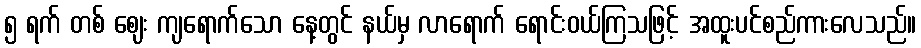
၅ ရက် တစ် ဈေး ကျရောက်သော နေ့တွင် နယ်မှ လာရောက် ရောင်းဝယ်ကြသဖြင့် အထူးပင်စည်ကားလေသည်။